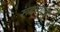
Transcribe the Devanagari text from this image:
रूंदावल्या